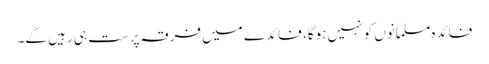
فائدہ مسلمانوں کو نہیں ہوگا، فائدے میں فرقہ پرست ہی رہیں گے۔